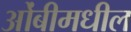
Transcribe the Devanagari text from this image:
ओंबीमधील